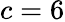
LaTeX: c=6